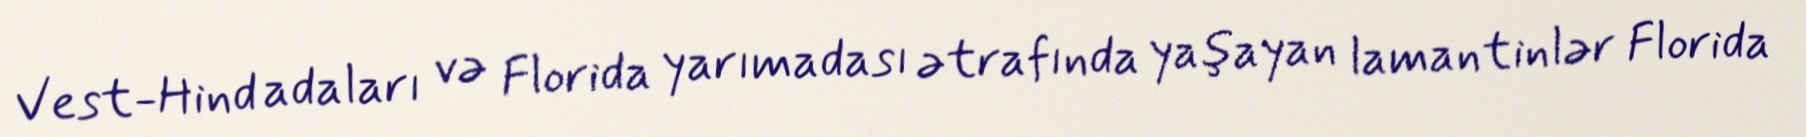
Vest-Hind adaları və Florida yarımadası ətrafında yaşayan lamantinlər Florida